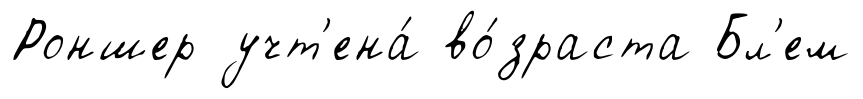
Роншер учт'ена́ во́зраста Бл'ем